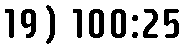
19) 100:25